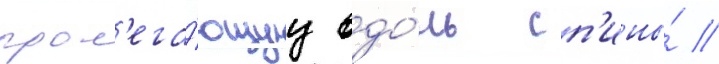
прол'ега́ющуу вдо́ль сп'ины́ //